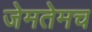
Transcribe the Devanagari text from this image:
जेमतेमच